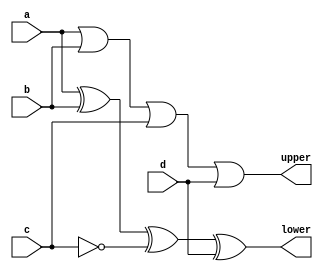
module sk(upper, lower, a, b, c, d);
output upper, lower;
input a,b,c,d;

or (upper, a, b, c, d);
not (notC, c);
xor (lower, a, b, notC, d);

endmodule